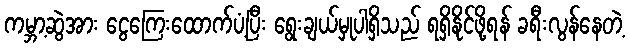
ကမ္ဘာ့ဆွဲအား ငွေကြေးထောက်ပံ့ပြီး ရွေးချယ်မှုပါရှိသည် ရရှိနိုင်ဖို့ရန် ခရီးလွန်နေတဲ့